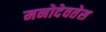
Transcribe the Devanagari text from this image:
मनोदेवतेस